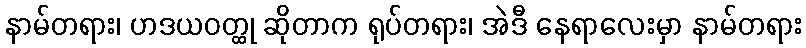
နာမ်တရား၊ ဟဒယဝတ္ထု ဆိုတာက ရုပ်တရား၊ အဲဒီ နေရာလေးမှာ နာမ်တရား